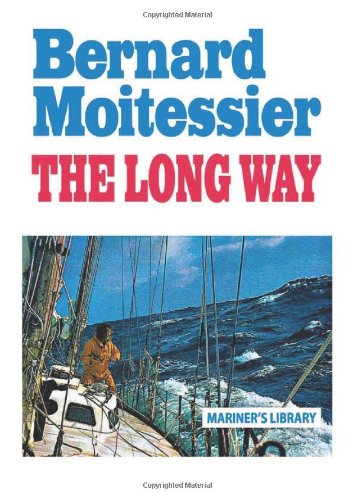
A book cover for The Long Way; Bernard Moitessier; Sports & Outdoors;